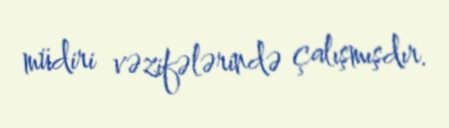
müdiri vəzifələrində çalışmışdır.